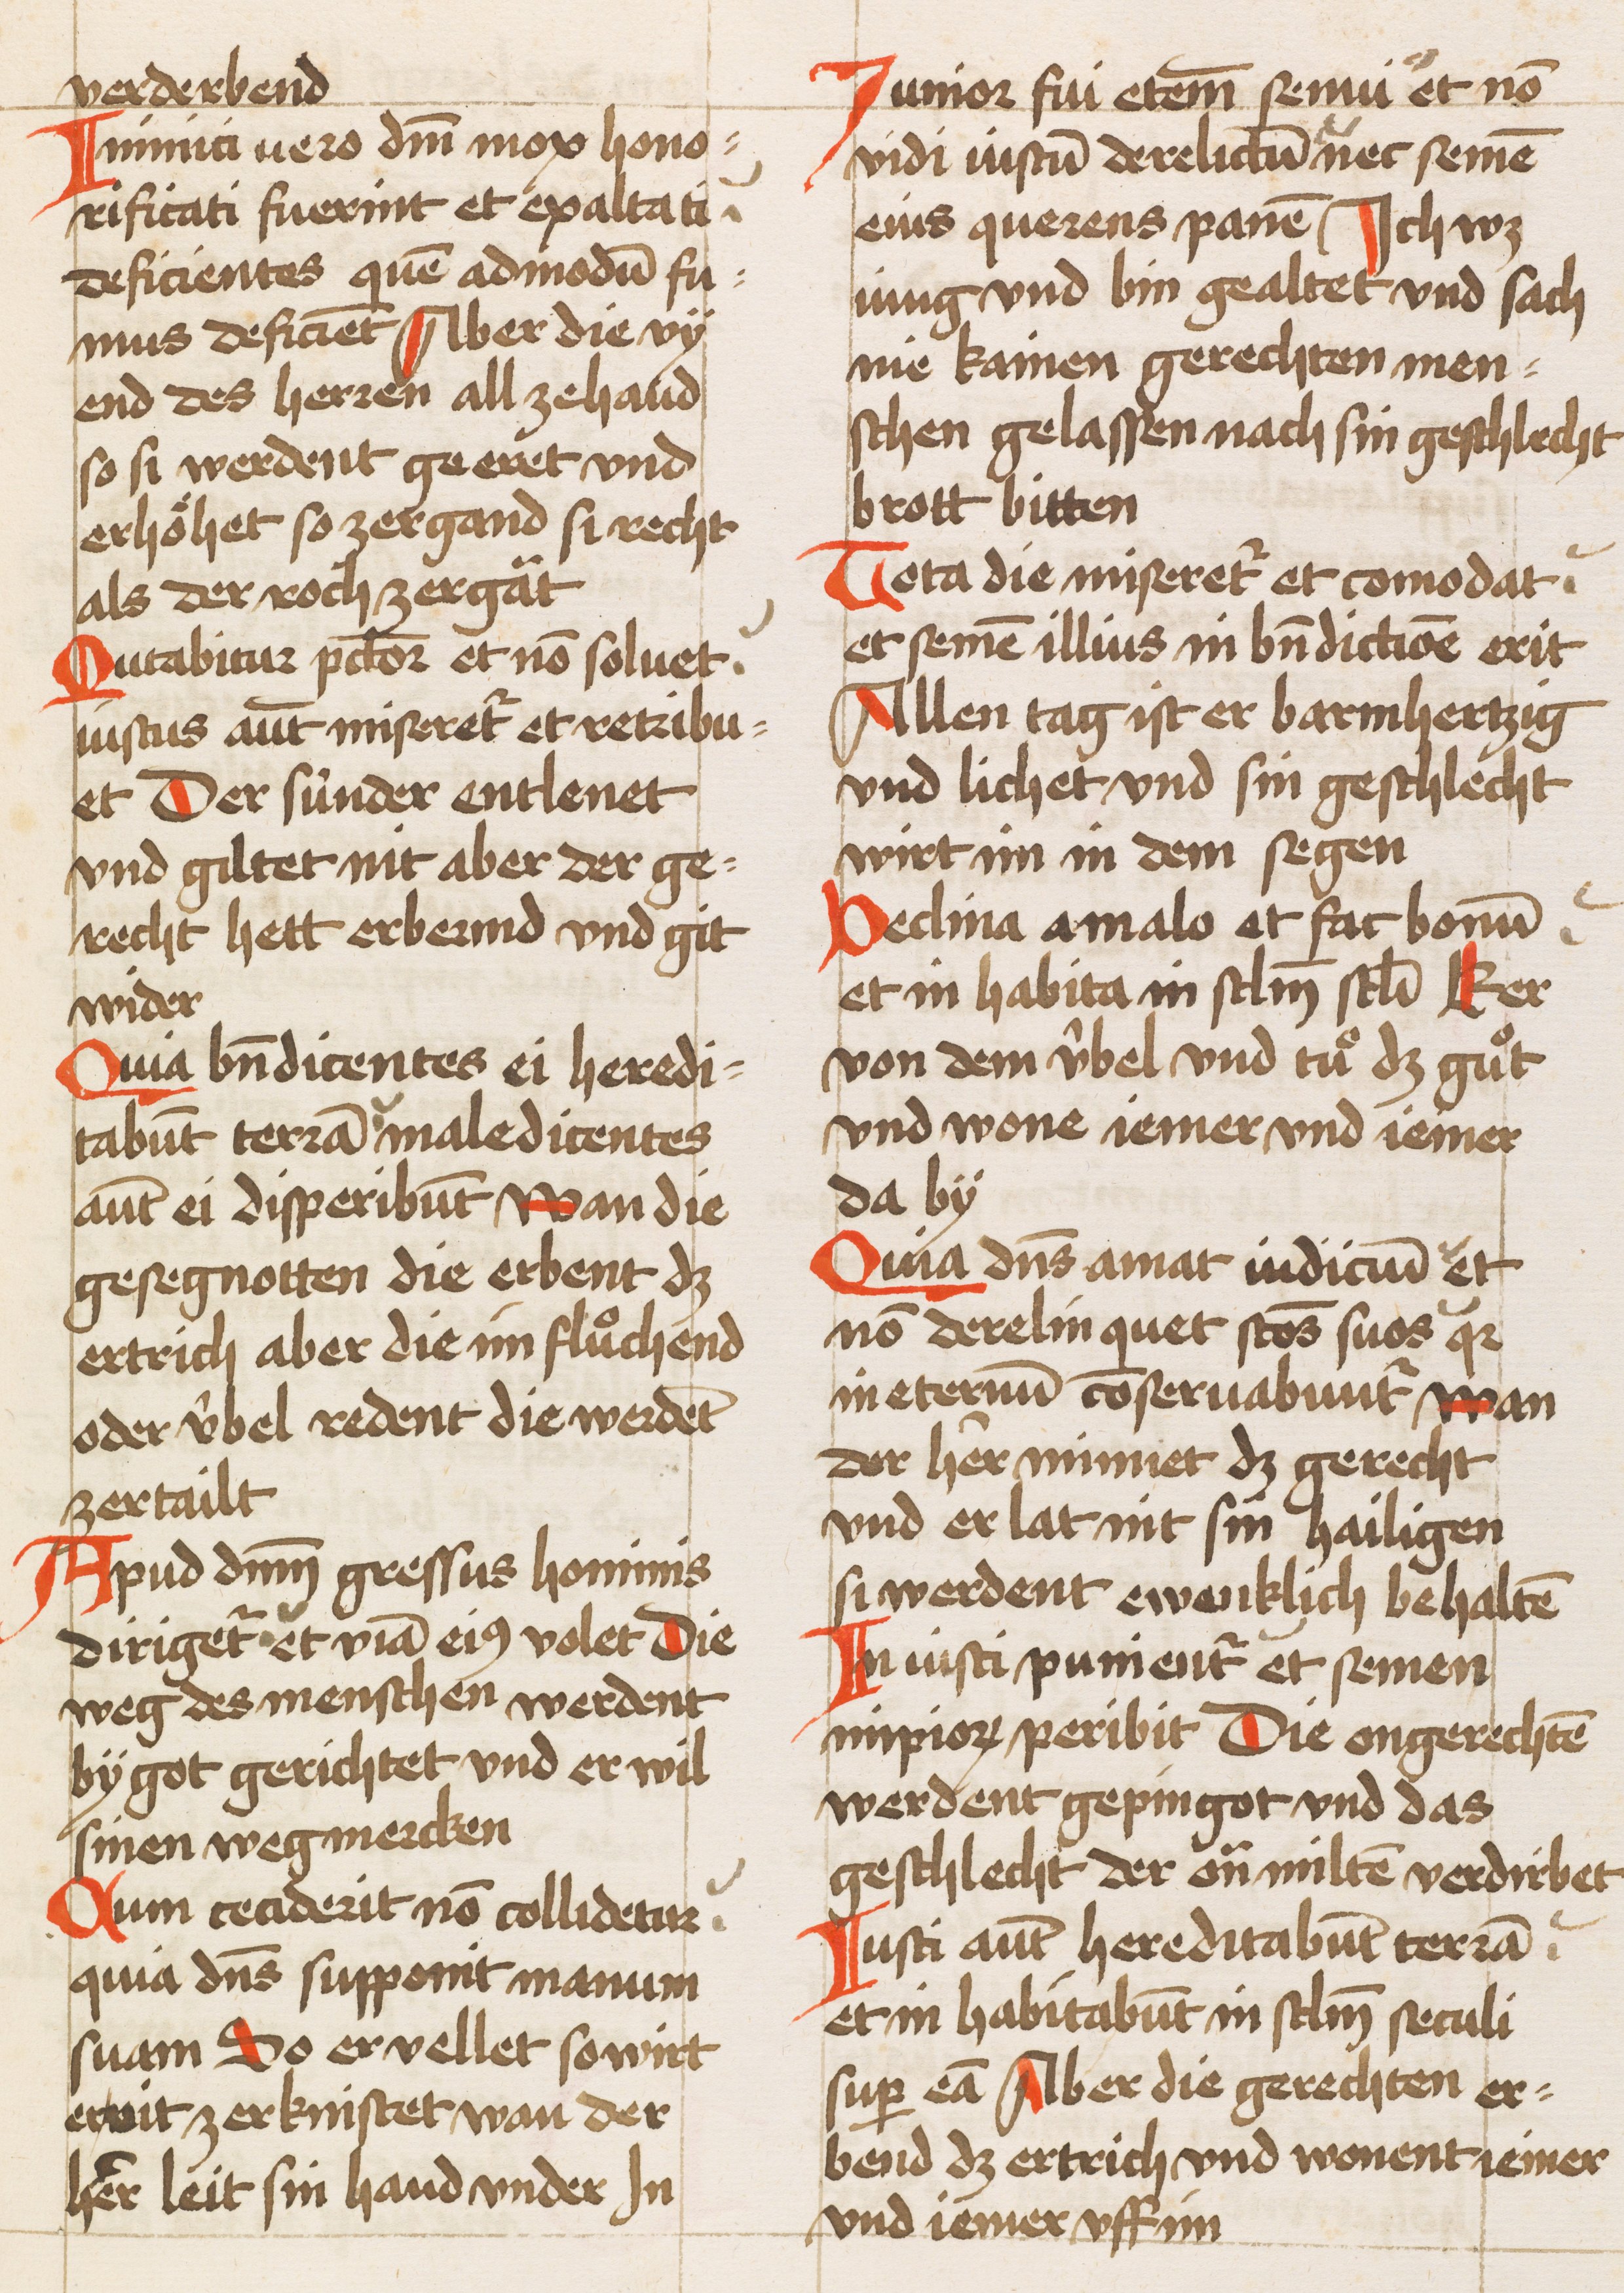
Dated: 1450–1499